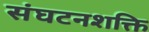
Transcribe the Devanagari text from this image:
संघटनशक्ति